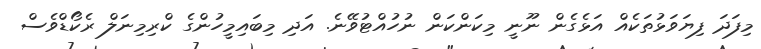
މިފަދަ ފިޔަވަޅުތަކެއް އަޅެގެން ނޫނީ މިކަންކަން ނުހުއްޓުވޭނެ. އަދި މިބައިމީހުންގެ ކްރިމިނަލް ރެކޯޑްވެސް